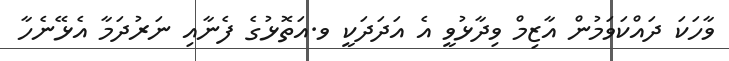
ވާހަކަ ދައްކަވަމުން އާޒިމް ވިދާޅުވީ އެ އަދަދަކީ ވ.އަތޮޅުގެ ފެނާއި ނަރުދަމާ އެޅޭނެހާ